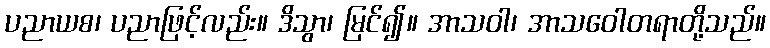
ပညာယစ၊ ပညာဖြင့်လည်း။ ဒိသွာ၊ မြင်၍။ အာသဝါ၊ အာသဝေါတရာတို့သည်။